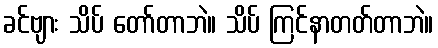
ခင်ဗျား သိပ် တော်တာဘဲ။ သိပ် ကြင်နာတတ်တာဘဲ။